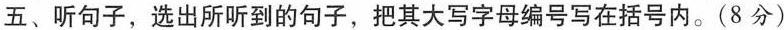
五、听句子,选出所听到的句子,把其大写字母编号写在括号内.(8分)